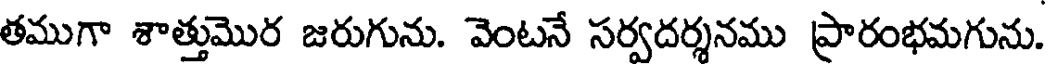
తముగా శాత్తుమొర జరుగును. వెంటనే సర్వదర్శనము ప్రారంభమగును.